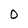
Character: 0